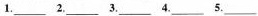
1.___2.___3.___4.___5.___